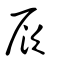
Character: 𠩗